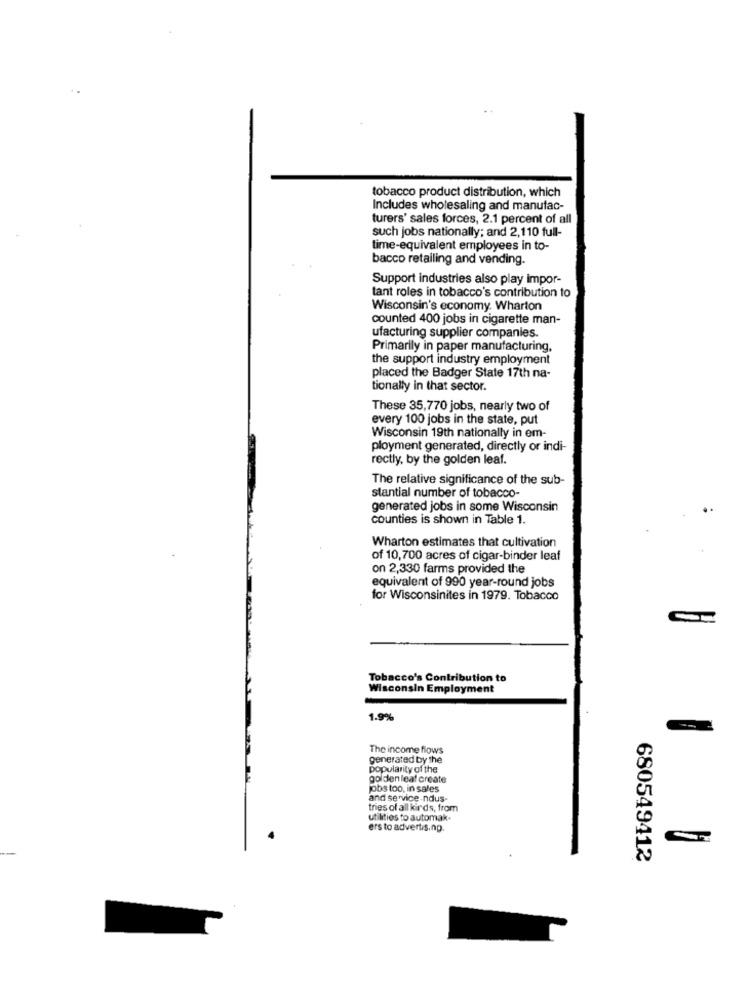
tobacco product distribution, which
Includes wholesaling and manufac-
turers' sales forces, 2.1 percent of all
such jobs nationally; and 2,110 full-
time-equivalent employees in to-
bacco retailing and vending.
Support industries also play impor-
tant roles in tobacco's contribution to
Wisconsin's economy. Wharton
counted 400 jobs in cigarette man-
ufacturing supplier companies.
Primarily in paper manufacturing,
the support industry employment
placed the Badger State 17th na-
tionally in that sector.
These 35,770 jobs, nearly two of
every 100 jobs in the state, put
Wisconsin 19th nationally in em-
ployment generated, directly or indi-
rectly, by the golden leaf.
The relative significance of the sub-
stantial number of tobacco-
generated jobs in some Wisconsin
counties is shown in Table 1.
Wharton estimates that cultivation
of 10,700 acres of cigar-binder leaf
on 2,330 farms provided the
equivalent of 990 year-round jobs
for Wisconsinites in 1979. Tobacco
Tobacco's Contribution to
Wisconsin Employment
1.9%
The income flows
generated by the
popularity of the
golden leaf create
jobs too, in sales
and service-ndus-
tries of all kinds, from
utilities to automak.
ers to advertis.np.
680549412